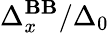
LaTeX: \Delta_{x}^{\mathbf{B}\mathbf{B}}/\Delta_{0}